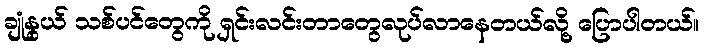
ချုံနွယ် သစ်ပင်တွေကို ရှင်းလင်းတာတွေလုပ်လာနေတယ်လို့ ပြောပါတယ်။